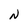
Character: N